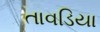
તાવડિયા